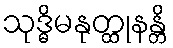
သုဒ္ဓိမနုတ္ထုနန္တိ